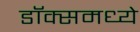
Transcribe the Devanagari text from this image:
डॉक्समध्ये